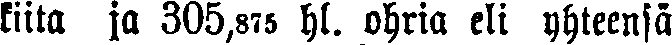
kiita ja 305,874 hl. ohria eli yhteensä